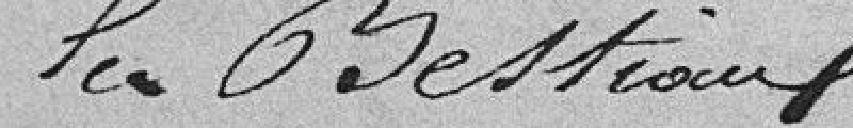
les bestiaux